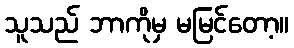
သူသည် ဘာကိုမှ မမြင်တော့။